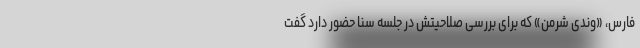
فارس، «وندی شرمن» که برای بررسی صلاحیتش در جلسه سنا حضور دارد گفت